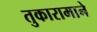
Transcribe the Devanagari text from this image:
तुकारामाने